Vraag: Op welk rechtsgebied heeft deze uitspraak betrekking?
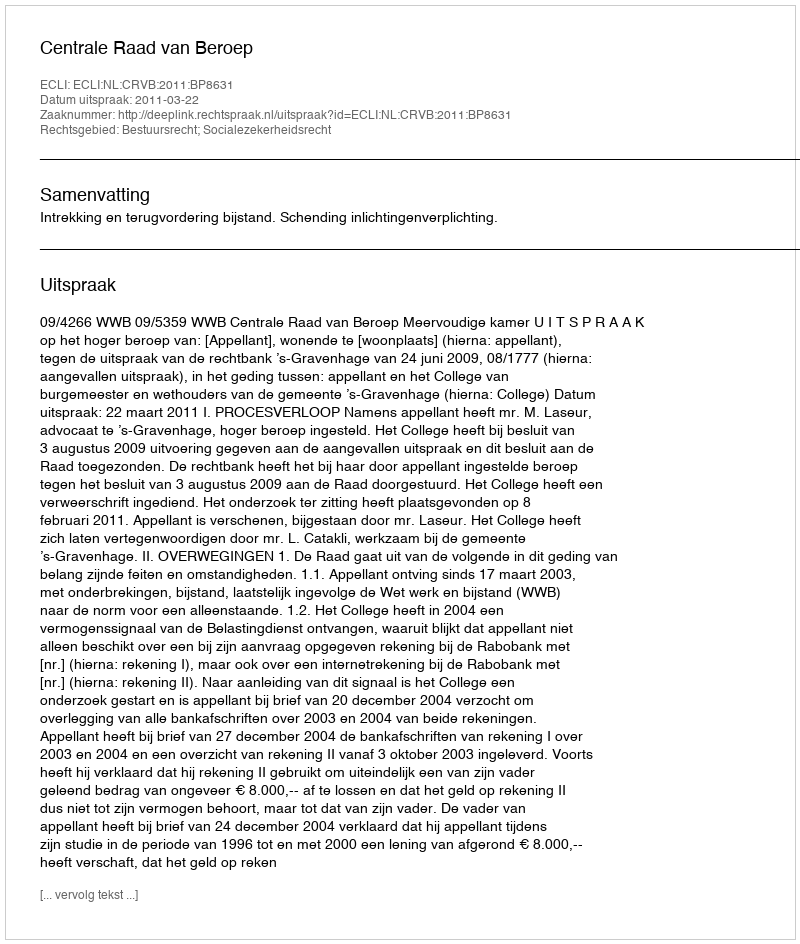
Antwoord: Bestuursrecht; Socialezekerheidsrecht